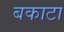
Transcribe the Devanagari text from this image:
बकाटा